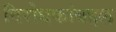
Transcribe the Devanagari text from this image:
विरोधकांबद्दल